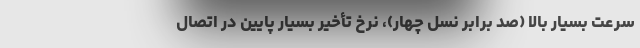
سرعت بسیار بالا (صد برابر نسل چهار)، نرخ تأخیر بسیار پایین در اتصال